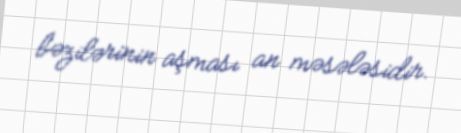
bəzilərinin aşması an məsələsidir.